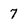
Character: 7